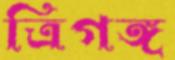
ত্রিগঙ্গ